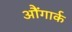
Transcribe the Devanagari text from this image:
औंगार्क